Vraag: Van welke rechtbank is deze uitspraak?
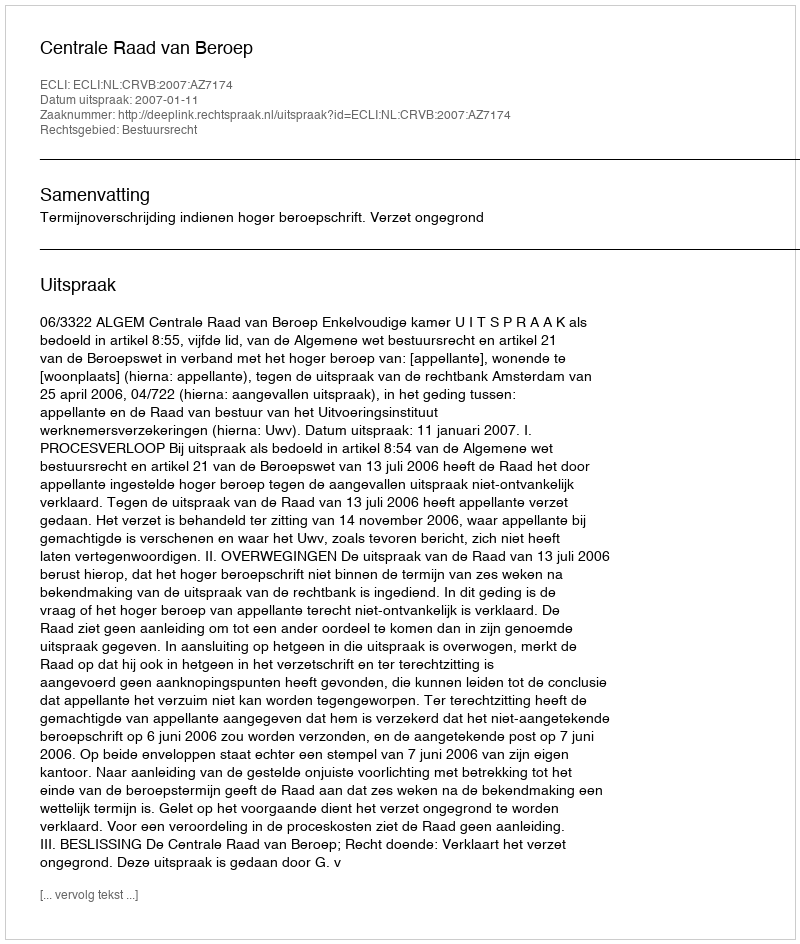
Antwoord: Centrale Raad van Beroep